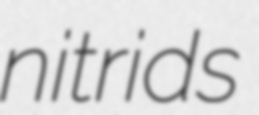
nitrids